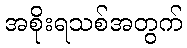
အစိုးရသစ်အတွက်